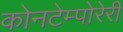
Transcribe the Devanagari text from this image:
कोनटेम्पोरेरी